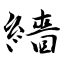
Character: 繬